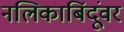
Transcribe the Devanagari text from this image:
नलिकाबिंदूंवर